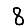
Digit: 8